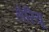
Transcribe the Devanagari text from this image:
लैरियू